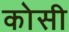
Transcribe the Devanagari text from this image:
काेसी